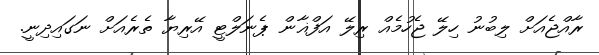
ރާއްޖެއަށް ލިބުނު ހިލޭ ޖެހުމެއް ރިލޭ އަފްޣާން ޕެނަލްޓީ އޭރިޔާ ތެރެއަށް ނަގައިދިނީ.